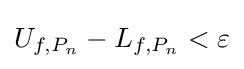
U_{f,P_{n}}-L_{f,P_{n}}<\varepsilon